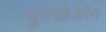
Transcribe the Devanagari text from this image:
चुंगचीओंग